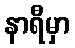
နာရီမှာ